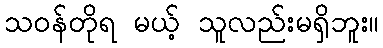
သဝန်တိုရ မယ့် သူလည်းမရှိဘူး။